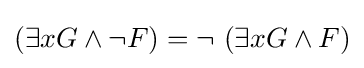
(\exists xG\land \neg F)=\neg \ (\exists xG\land F)